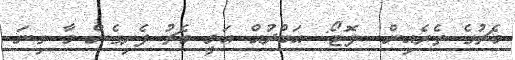
މެޗުގެ ތެރެއިން  ފޮޓޯ: އަބްދުއް އަލީ މެޗު ފެށިގެން މާ ގިނަ